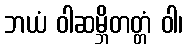
ဘယံ ဝါဆမ္ဘိတတ္တံ ဝါ၊